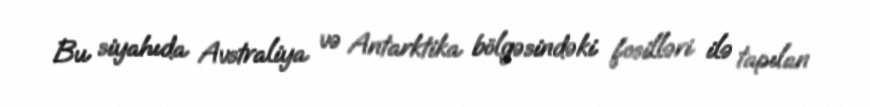
Bu siyahıda Avstraliya və Antarktika bölgəsindəki fosilləri ilə tapılan